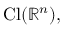
\mathrm { C l } ( \mathbb { R } ^ { n } ) ,